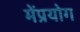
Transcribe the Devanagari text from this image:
मेंप्रयोग